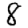
Digit: 8